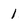
Character: 1